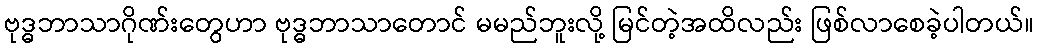
ဗုဒ္ဓဘာသာဂိုဏ်းတွေဟာ ဗုဒ္ဓဘာသာတောင် မမည်ဘူးလို့ မြင်တဲ့အထိလည်း ဖြစ်လာစေခဲ့ပါတယ်။